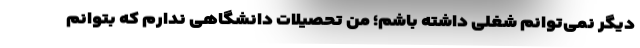
دیگر نمی‌توانم شغلی داشته باشم؛ من تحصیلات دانشگاهی ندارم که بتوانم